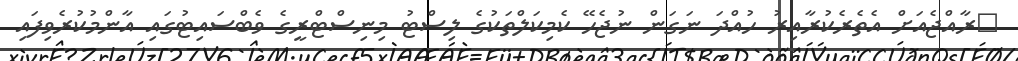
ރާއްޖެއަށް އެތެރެކުރާއިރު ހުއްދަ ނަގަން ނުޖެހޭ ކެމިކަލްތަކުގެ ލިސްޓު މިނިސްޓްރީގެ ވެބްސައިޓުގައި އާންމުކުރެވިފައި